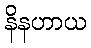
နိနဟာယ